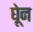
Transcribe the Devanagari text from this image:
घेून